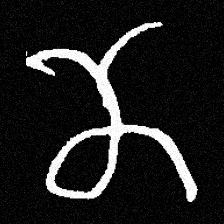
Pyu character \u2014 Myanmar letter: ဏ (romanized: nna)